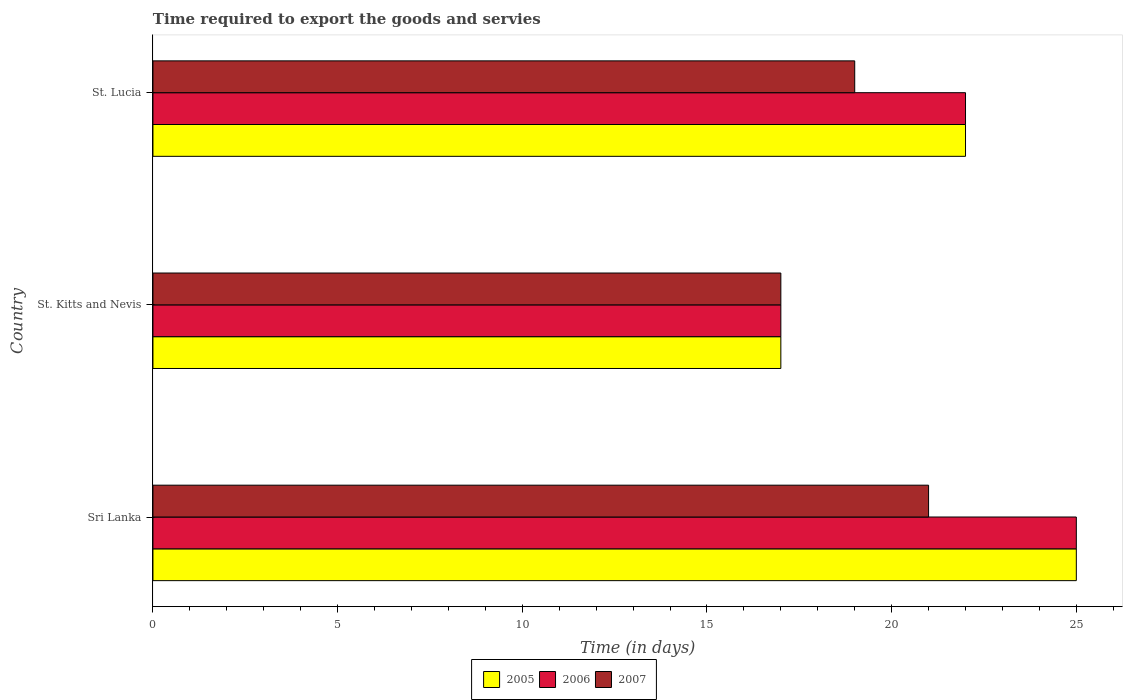
| Country | 2005 | 2006 | 2007 |
 | --- | --- | --- | --- |
 | Sri Lanka | 25 | 25 | 21 |
 | St. Kitts and Nevis | 17 | 17 | 17 |
 | St. Lucia | 22 | 22 | 19 |